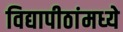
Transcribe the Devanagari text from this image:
विद्यापीठांमध्‍ये